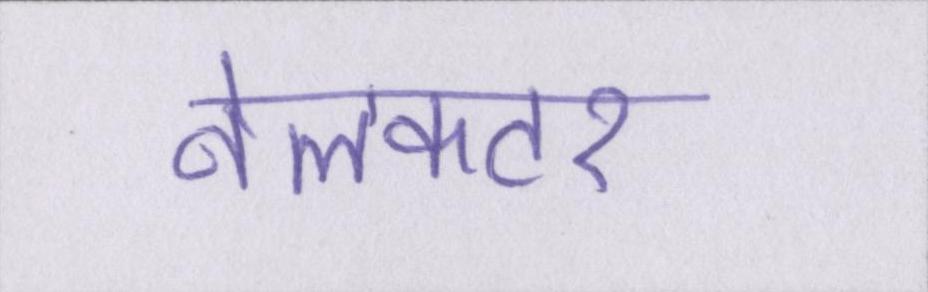
नेलकटर